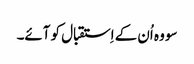
سو وہ اُن کے اِستقبال کو آئے۔